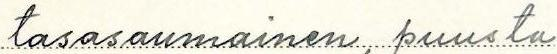
tasasaumainen, puusta